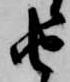
由